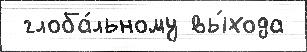
 глоба́льному вы́хода